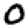
Digit: 0